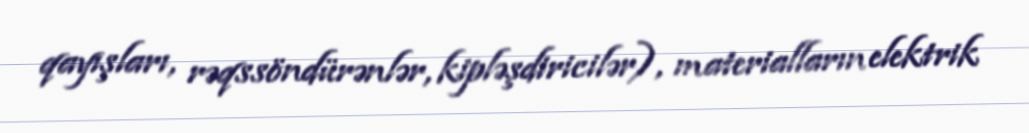
qayışları, rəqssöndürənlər, kipləşdiricilər), materialların elektrik